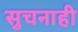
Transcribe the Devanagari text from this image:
सुचनाही